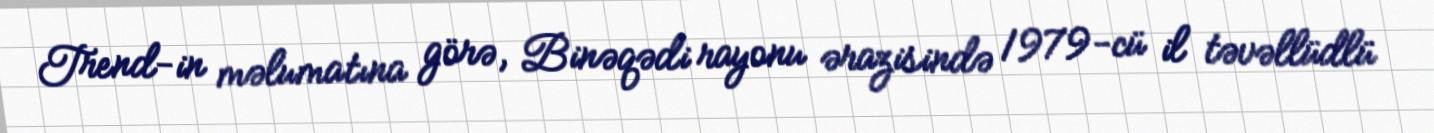
Trend-in məlumatına görə, Binəqədi rayonu ərazisində 1979-cü il təvəllüdlü